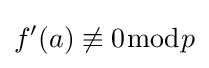
f'(a)\not \equiv 0{\bmod {p}}